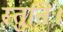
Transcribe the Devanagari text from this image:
स्तुतिः।